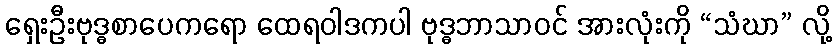
ရှေးဦးဗုဒ္ဓစာပေကရော ထေရဝါဒကပါ ဗုဒ္ဓဘာသာဝင် အားလုံးကို “သံဃာ” လို့